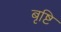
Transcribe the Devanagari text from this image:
बृष्टि